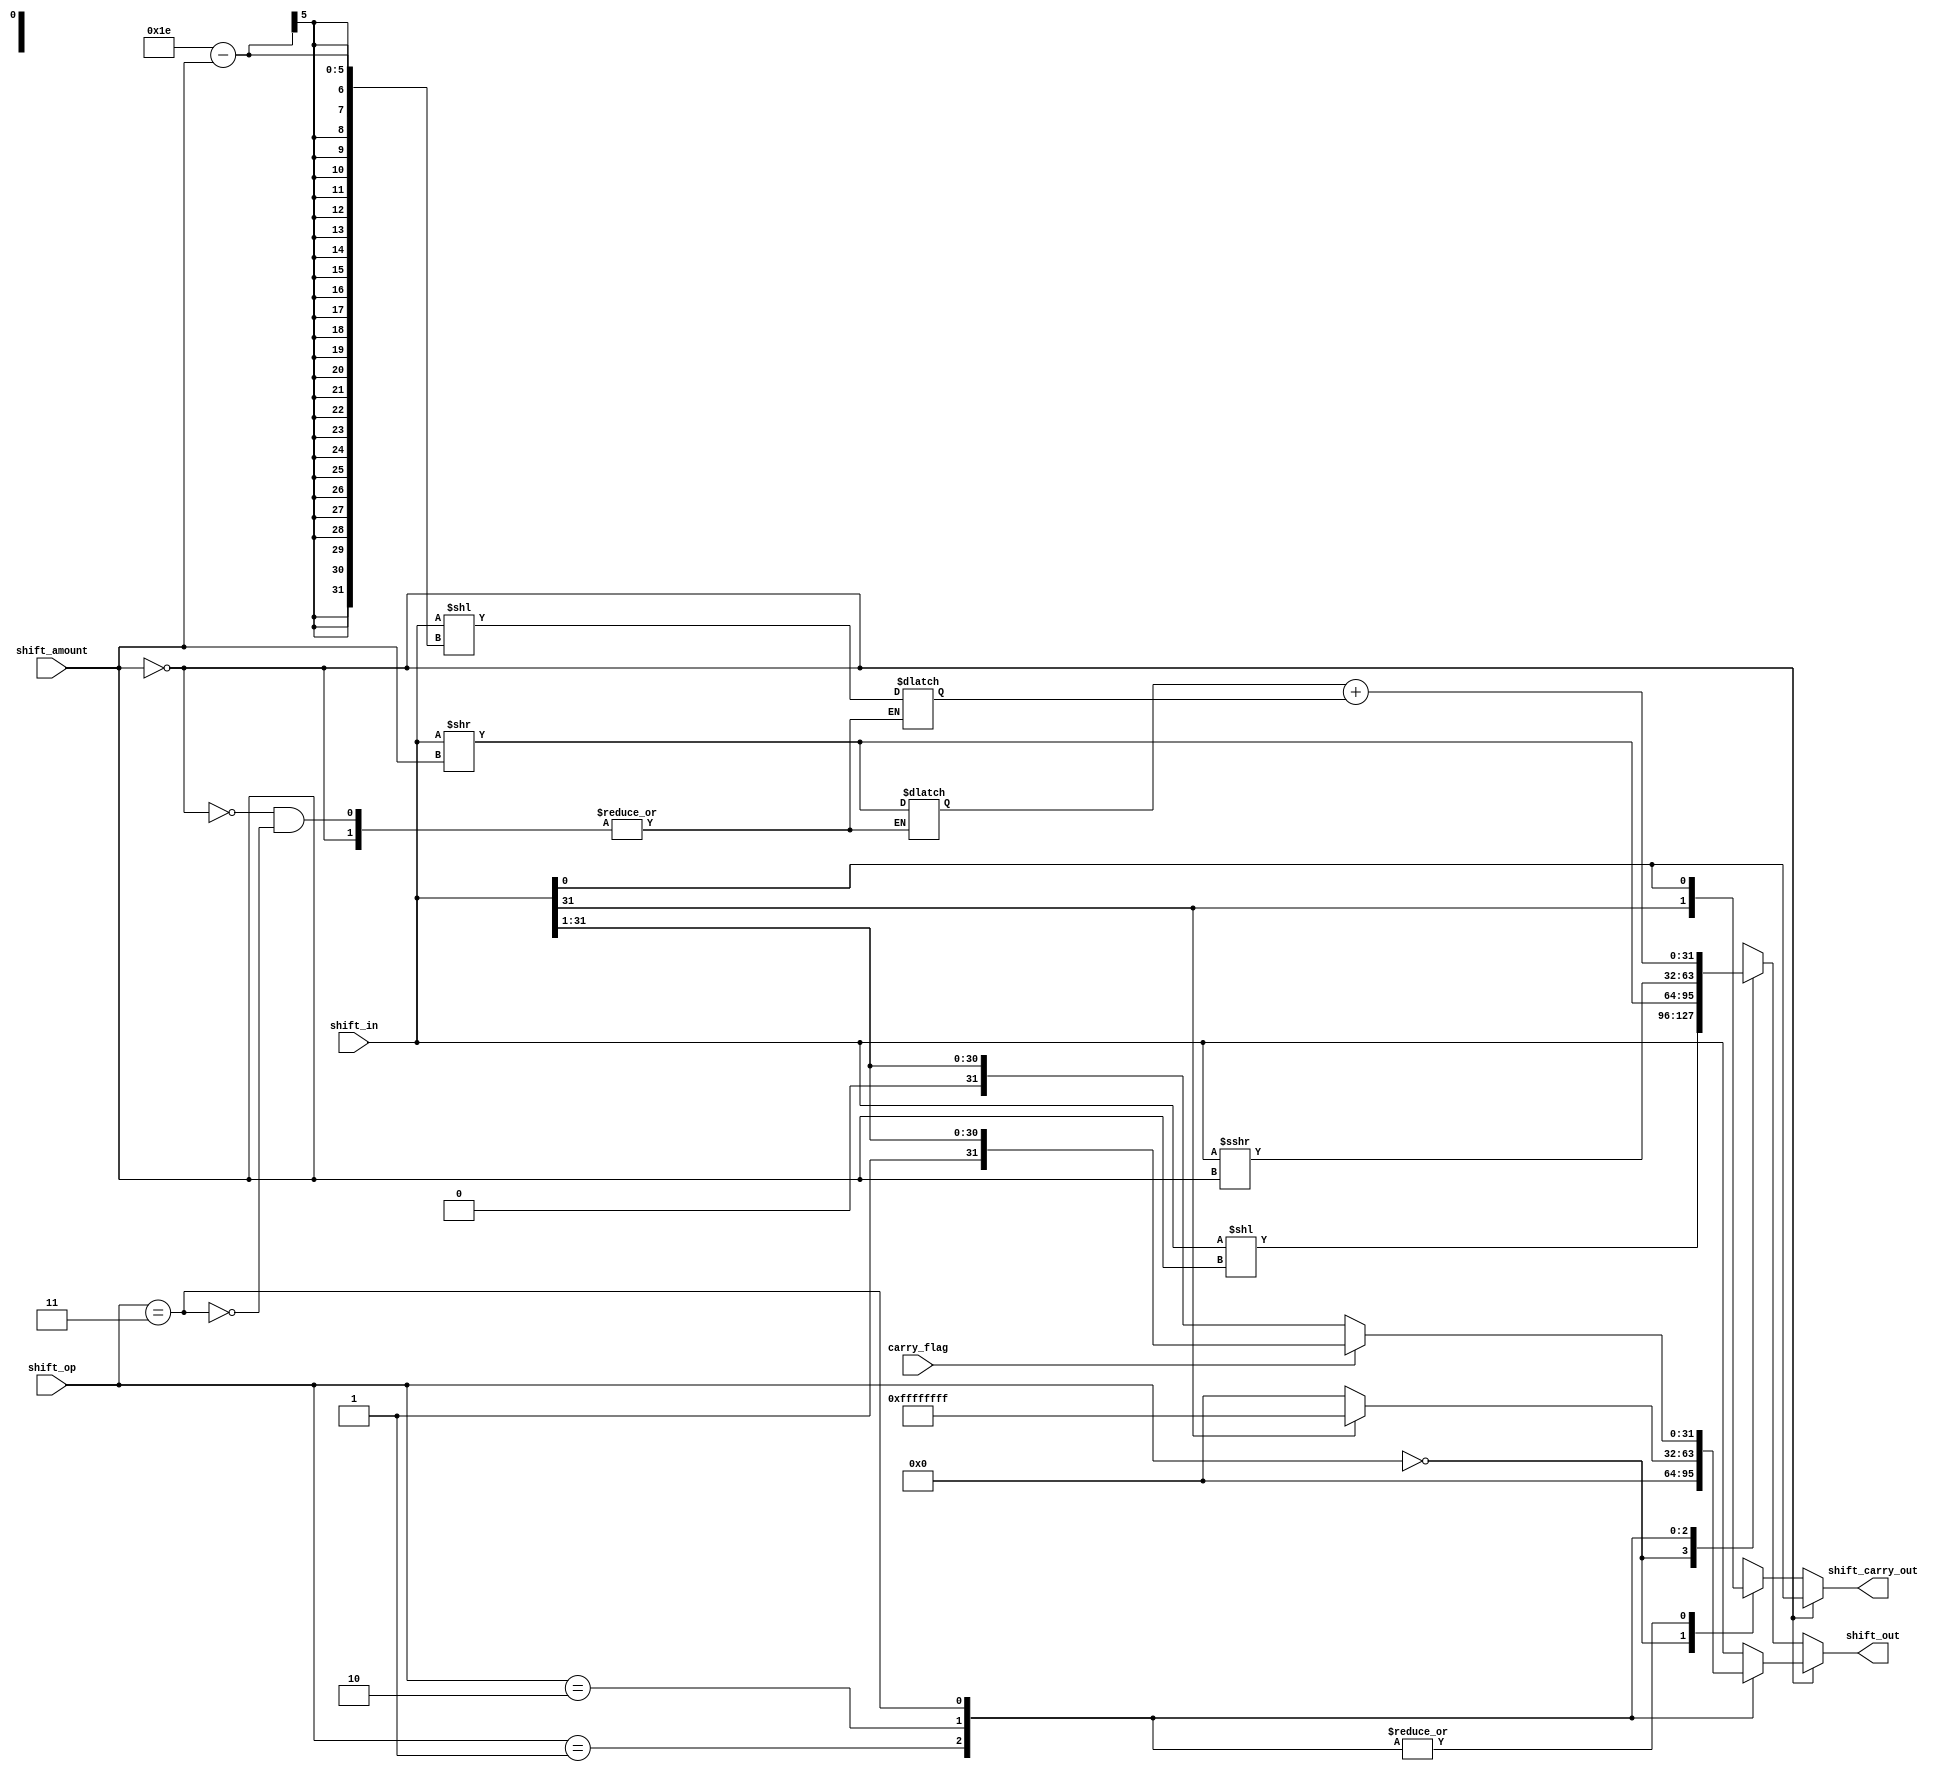
`timescale 1ns / 1ps
//////////////////////////////////////////////////////////////////////////////////
// Company: 
// Engineer: 
// 
// Design Name: 
// Module Name: barrel_shift_arm
// Project Name: 
// Target Devices: 
// Tool Versions: 
// Description: 
// 
// Dependencies: 
// 
// Revision:
// Revision 0.01 - File Created
// Additional Comments:
// 
//////////////////////////////////////////////////////////////////////////////////


module barrel_shift_arm
#(parameter DATA_WIDTH = 32 , parameter ADDR_WIDTH = 5)
(  
    	input [(DATA_WIDTH -1):0] shift_in,
   	input [(ADDR_WIDTH -1):0] shift_amount,
    	input [1:0] shift_op,
    	input carry_flag,
    	output reg [(DATA_WIDTH -1):0] shift_out,
    	output reg shift_carry_out
);
	integer i;
    	reg [(DATA_WIDTH -1):0] inter1;
    	reg [(DATA_WIDTH -1):0] inter2;

	always@(*)
	begin
		shift_out = shift_in;
		shift_carry_out = carry_flag;
		case(shift_amount)
			0:begin shift_carry_out = shift_out[0];	
			    case(shift_op)
					1:shift_out=0;
					2:if(shift_out[(DATA_WIDTH -1)] == 0) shift_out = 0; else shift_out = 32'hffffffff;
					3:if(carry_flag == 0) shift_out = {1'b0 , shift_out[(DATA_WIDTH -1):1]}; else shift_out = {1'b1 , shift_out[(DATA_WIDTH -1):1]};
				endcase
				end
			default:
					case(shift_op)
						0: begin shift_carry_out = shift_out[(DATA_WIDTH -1)]; shift_out = shift_in << shift_amount;end
						1: begin shift_carry_out = shift_out[0]; shift_out = shift_in >> shift_amount;end
						2: begin shift_carry_out = shift_out[0]; shift_out = $signed(shift_in) >>>shift_amount ;end
						3: begin shift_carry_out = shift_out[0]; inter1 <= shift_in >> shift_amount; inter2 <= shift_in << (DATA_WIDTH -2-shift_amount); shift_out = inter1 + inter2;end						
					endcase
		endcase
	end


    
endmodule